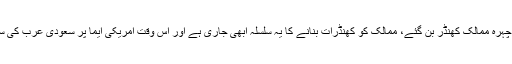
ایک نئے مشرق وسطیٰ کا تجربہ امریکہ کو مہنگا تو پڑا لیکن اس کے نتیجے میں چاندہ چہرہ ممالک کھنڈر بن گئے، ممالک کو کھنڈرات بنانے کا یہ سلسلہ ابھی جاری ہے اور اس وقت امریکی ایما پر سعودی عرب کی سربراہی میں قائم ’عرب اتحاد‘ نے یمن کی مرکزی بندرگاہ الحدیدہ پر دھاوا بول رکھا ہے۔